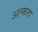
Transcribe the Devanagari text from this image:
अल्कता